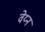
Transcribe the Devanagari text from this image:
वेय्न